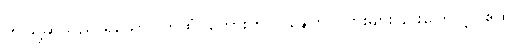
ဤသို့ဆိုသည် ရှိသော်။ ကထံ၊ စကားကို။ ဝဍ္ဎေတွာ၊ ပွားများခြင်းကြောင့်။ ဧထ၊